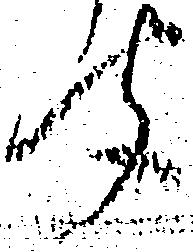
聞